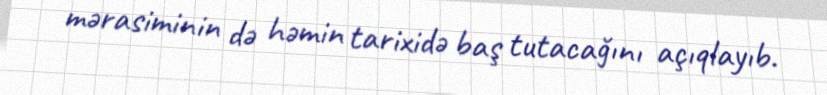
mərasiminin də həmin tarixidə baş tutacağını açıqlayıb.